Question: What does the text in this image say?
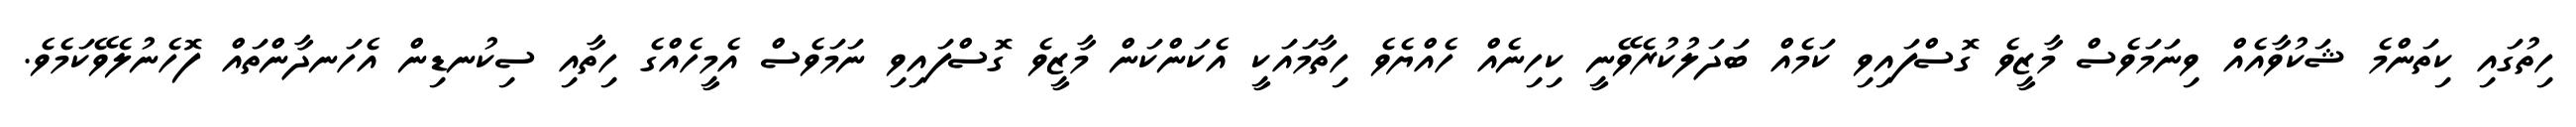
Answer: ހިތުގައި ކިތަންމެ ޝަކުވާއެއް ވިނަމަވެސް މާޒީވެ ގޮސްފައިވި ކަމެއް ބަދަލުކުރެވޭނީ ކިހިނެއް ހެއްޔެވެ ހިތާމައަކީ އެކަންކަން މާޒީވެ ގޮސްފައިވި ނަމަވެސް އެމީހެއްގެ ހިތާއި ސިކުނޑިން އެހަނދާންތައް ފޮހެނުލެވޭކަމެވެ.